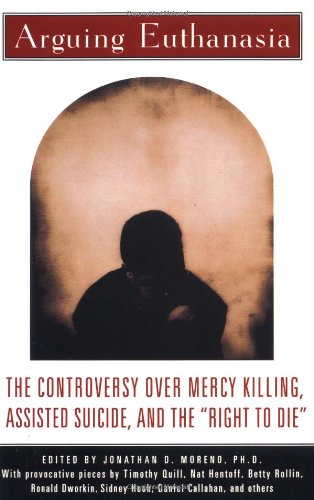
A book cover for Arguing Euthanasia: The Controversy Over Mercy Killing, Assisted Suicide, And The "Right To Die"; Jonathan Moreno; Medical Books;